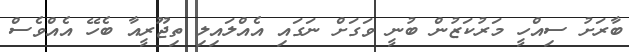
ބާރަށު ސިއްހީ މަރުކަޒުން ބުނީ ވަގަށް ނަގައި އެއްލައިލި ތިޖޫރީއާ ބެހޭ އެއްވެސް